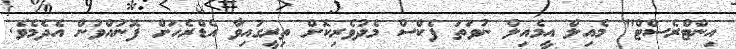
އިންޓްރެސްޓް" މެއިލް އީމެއިލް ނުވަތަ ފެކްސް މެދުވެރިކޮށް ތިރީގައިވާ އެޑްރެހަށް ފޮނުއްވުން އެދެމެވެ.